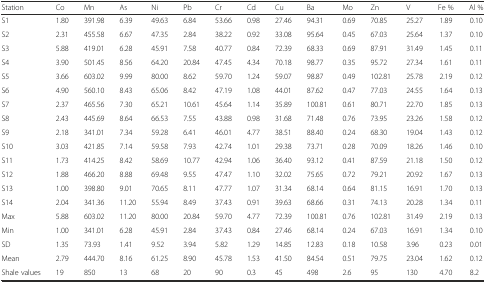
<table><thead><tr><td><b>Station</b></td><td><b>Co</b></td><td><b>Mn</b></td><td><b>As</b></td><td><b>Ni</b></td><td><b>Pb</b></td><td><b>Cr</b></td><td><b>Cd</b></td><td><b>Cu</b></td><td><b>Ba</b></td><td><b>Mo</b></td><td><b>Zn</b></td><td><b>V</b></td><td><b>Fe %</b></td><td><b>Al %</b></td></tr></thead><tbody><tr><td>S1</td><td>1.80</td><td>391.98</td><td>6.39</td><td>49.63</td><td>6.84</td><td>53.66</td><td>0.98</td><td>27.46</td><td>94.31</td><td>0.69</td><td>70.85</td><td>25.27</td><td>1.89</td><td>0.10</td></tr><tr><td>S2</td><td>2.31</td><td>455.58</td><td>6.67</td><td>47.35</td><td>2.84</td><td>38.22</td><td>0.92</td><td>33.08</td><td>95.64</td><td>0.45</td><td>67.03</td><td>25.64</td><td>1.37</td><td>0.10</td></tr><tr><td>S3</td><td>5.88</td><td>419.01</td><td>6.28</td><td>45.91</td><td>7.58</td><td>40.77</td><td>0.84</td><td>72.39</td><td>68.33</td><td>0.69</td><td>87.91</td><td>31.49</td><td>1.45</td><td>0.11</td></tr><tr><td>S4</td><td>3.90</td><td>501.45</td><td>8.56</td><td>64.20</td><td>20.84</td><td>47.45</td><td>4.34</td><td>70.18</td><td>98.77</td><td>0.35</td><td>95.72</td><td>27.34</td><td>1.61</td><td>0.11</td></tr><tr><td>S5</td><td>3.66</td><td>603.02</td><td>9.99</td><td>80.00</td><td>8.62</td><td>59.70</td><td>1.24</td><td>59.07</td><td>98.87</td><td>0.49</td><td>102.81</td><td>25.78</td><td>2.19</td><td>0.12</td></tr><tr><td>S6</td><td>4.90</td><td>560.10</td><td>8.43</td><td>65.06</td><td>8.42</td><td>47.19</td><td>1.08</td><td>44.01</td><td>87.62</td><td>0.47</td><td>77.03</td><td>24.55</td><td>1.64</td><td>0.13</td></tr><tr><td>S7</td><td>2.37</td><td>465.56</td><td>7.30</td><td>65.21</td><td>10.61</td><td>45.64</td><td>1.14</td><td>35.89</td><td>100.81</td><td>0.61</td><td>80.71</td><td>22.70</td><td>1.85</td><td>0.13</td></tr><tr><td>S8</td><td>2.43</td><td>445.69</td><td>8.64</td><td>66.53</td><td>7.55</td><td>43.88</td><td>0.98</td><td>31.68</td><td>71.48</td><td>0.76</td><td>73.95</td><td>23.26</td><td>1.58</td><td>0.12</td></tr><tr><td>S9</td><td>2.18</td><td>341.01</td><td>7.34</td><td>59.28</td><td>6.41</td><td>46.01</td><td>4.77</td><td>38.51</td><td>88.40</td><td>0.24</td><td>68.30</td><td>19.04</td><td>1.43</td><td>0.12</td></tr><tr><td>S10</td><td>3.03</td><td>421.85</td><td>7.14</td><td>59.58</td><td>7.93</td><td>42.74</td><td>1.01</td><td>29.38</td><td>73.71</td><td>0.28</td><td>70.09</td><td>18.26</td><td>1.46</td><td>0.10</td></tr><tr><td>S11</td><td>1.73</td><td>414.25</td><td>8.42</td><td>58.69</td><td>10.77</td><td>42.94</td><td>1.06</td><td>36.40</td><td>93.12</td><td>0.41</td><td>87.59</td><td>21.18</td><td>1.50</td><td>0.12</td></tr><tr><td>S12</td><td>1.88</td><td>466.20</td><td>8.88</td><td>69.48</td><td>9.55</td><td>47.47</td><td>1.10</td><td>32.02</td><td>75.65</td><td>0.72</td><td>79.21</td><td>20.92</td><td>1.67</td><td>0.13</td></tr><tr><td>S13</td><td>1.00</td><td>398.80</td><td>9.01</td><td>70.65</td><td>8.11</td><td>47.77</td><td>1.07</td><td>31.34</td><td>68.14</td><td>0.64</td><td>81.15</td><td>16.91</td><td>1.70</td><td>0.13</td></tr><tr><td>S14</td><td>2.04</td><td>341.36</td><td>11.20</td><td>55.94</td><td>8.49</td><td>37.43</td><td>0.91</td><td>39.63</td><td>68.66</td><td>0.31</td><td>74.13</td><td>20.28</td><td>1.34</td><td>0.11</td></tr><tr><td>Max</td><td>5.88</td><td>603.02</td><td>11.20</td><td>80.00</td><td>20.84</td><td>59.70</td><td>4.77</td><td>72.39</td><td>100.81</td><td>0.76</td><td>102.81</td><td>31.49</td><td>2.19</td><td>0.13</td></tr><tr><td>Min</td><td>1.00</td><td>341.01</td><td>6.28</td><td>45.91</td><td>2.84</td><td>37.43</td><td>0.84</td><td>27.46</td><td>68.14</td><td>0.24</td><td>67.03</td><td>16.91</td><td>1.34</td><td>0.10</td></tr><tr><td>SD</td><td>1.35</td><td>73.93</td><td>1.41</td><td>9.52</td><td>3.94</td><td>5.82</td><td>1.29</td><td>14.85</td><td>12.83</td><td>0.18</td><td>10.58</td><td>3.96</td><td>0.23</td><td>0.01</td></tr><tr><td>Mean</td><td>2.79</td><td>444.70</td><td>8.16</td><td>61.25</td><td>8.90</td><td>45.78</td><td>1.53</td><td>41.50</td><td>84.54</td><td>0.51</td><td>79.75</td><td>23.04</td><td>1.62</td><td>0.12</td></tr><tr><td>Shale values</td><td>19</td><td>850</td><td>13</td><td>68</td><td>20</td><td>90</td><td>0.3</td><td>45</td><td>498</td><td>2.6</td><td>95</td><td>130</td><td>4.70</td><td>8.2</td></tr></tbody></table>